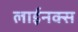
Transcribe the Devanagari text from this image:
लाईनक्स